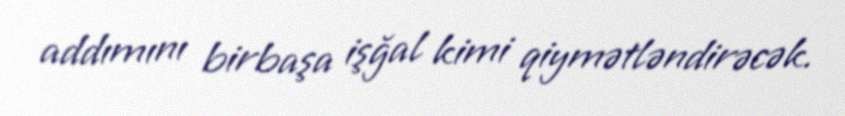
addımını birbaşa işğal kimi qiymətləndirəcək.